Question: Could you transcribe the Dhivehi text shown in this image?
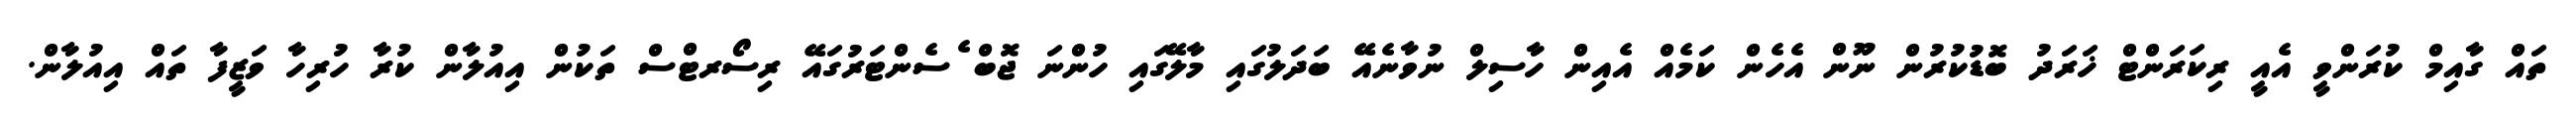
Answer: ތައް ގާއިމް ކުރަންވީ އެއީ ރިކަރަންޓް ޚަރަދު ބޮޑުކުރުން ނޫން އެހެން ކަމެއް އެއިން ހާސިލް ނުވާނެއޭ ބަދަލުގައި މާލޭގައި ހުންނަ ޖޮބް ެސެންޓަރުގައޭ ރިސޯރޓްސް ތަކުން އިއުލާން ކުރާ ހުރިހާ ވަޒީފާ ތައް އިއުލާން.